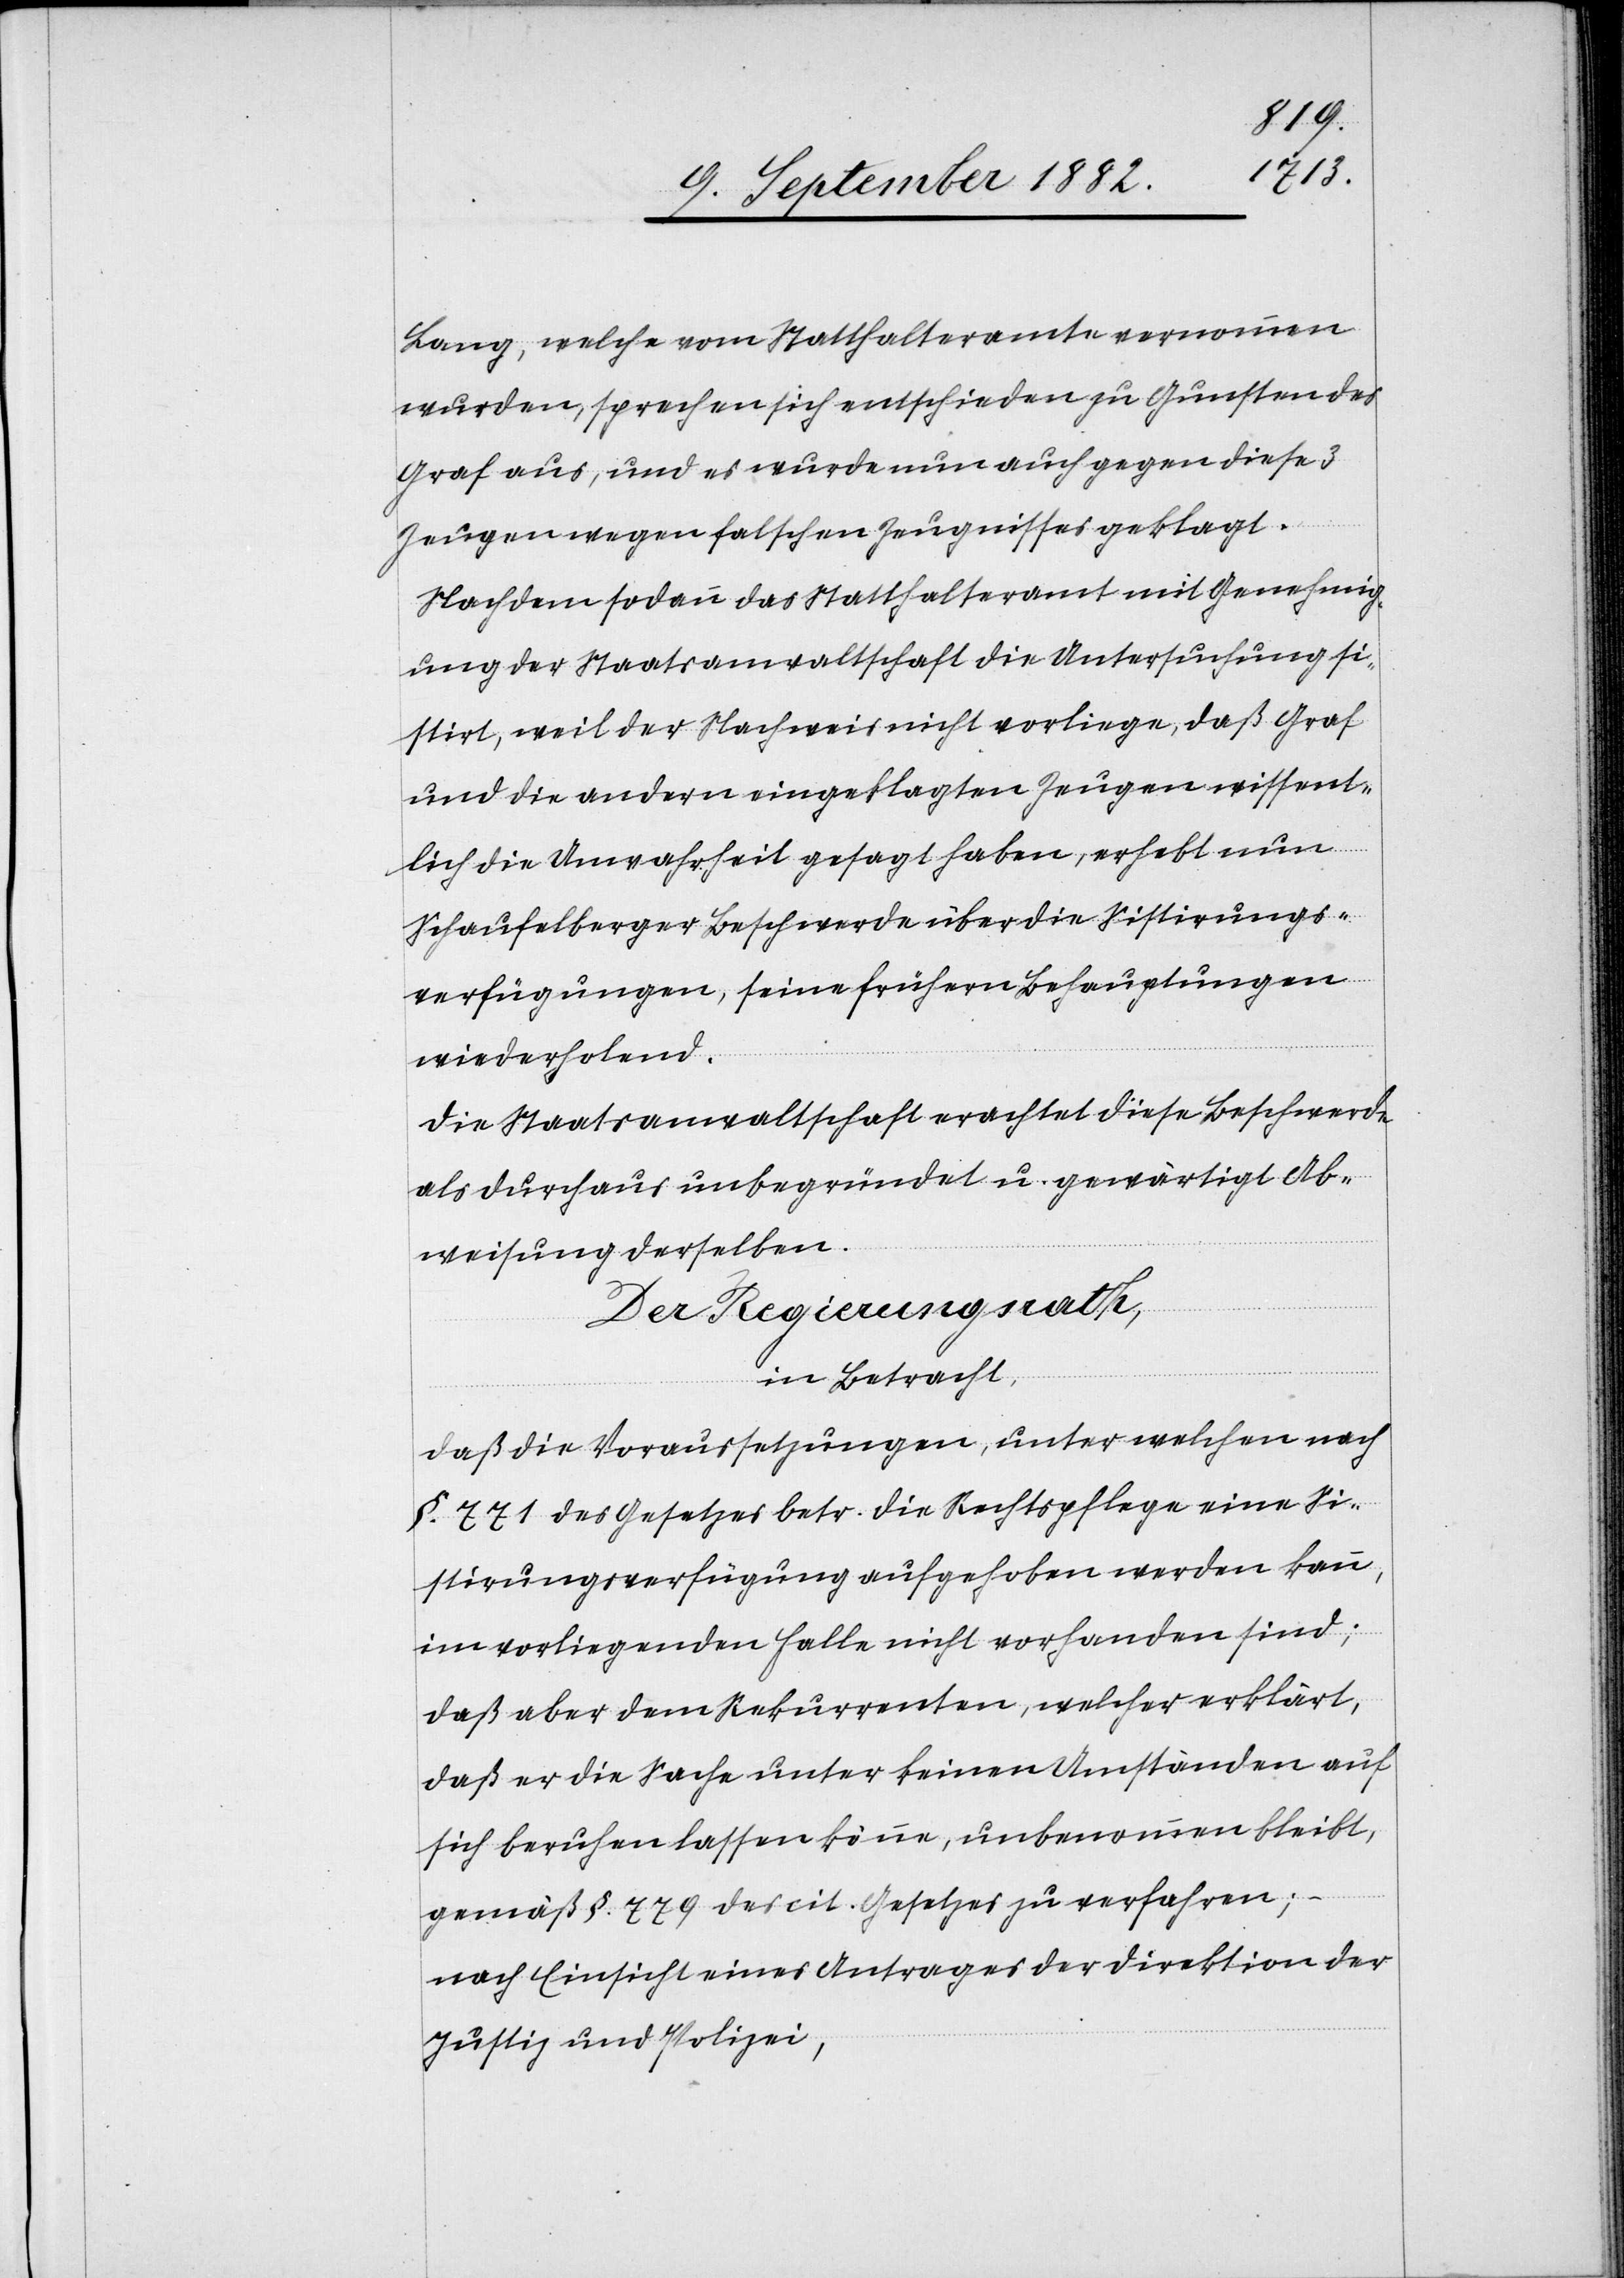
Lang, welche vom Statthalteramte vernommen
wurden, sprechen sich entschieden zu Gunsten des
Graf aus, und es wurde nun auch gegen diese 3
Zeugen wegen falschen Zeugnisses geklagt.
Nachdem sodann das Statthalteramt mit Genehmig¬
ung der Staatsanwaltschaft die Untersuchung si¬
stirt, weil der Nachweis nicht vorliege, daß Graf
und die andern eingeklagten Zeugen wissent¬
lich die Unwahrheit gesagt haben, erhebt nun
Schaufelberger Beschwerde über die Sistirungs¬
verfügungen, seine frühern Behauptungen
wiederholend.
Die Staatsanwaltschaft erachtet diese Beschwerde
als durchaus unbegründet u. gewärtigt Ab¬
weisung derselben.
Der Regierungsrath,
in Betracht,
daß die Voraussetzungen, unter welchen nach
§. 771 des Gesetzes betr. die Rechtspflege eine Si¬
stirungsverfügung aufgehoben werden kann,
im vorliegenden Falle nicht vorhanden sind;
daß aber dem Rekurrenten, welcher erklärt,
daß er die Sache unter keinen Umständen auf
sich beruhen lassen könne, unbenommen bleibt,
gemäß §. 779 des cit. Gesetzes zu verfahren;
nach Einsicht eines Antrages der Direktion der
Justiz & Polizei,